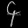
Digit: ၄